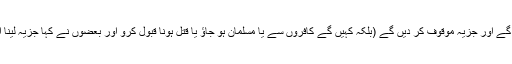
اور سور کو مار ڈالیں گے اس کا کھانا بند کرا دیں گے اور جزیہ موقوف کر دیں گے (بلکہ کہیں گے کافروں سے یا مسلمان ہو جاؤ یا قتل ہونا قبول کرو اور بعضوں نے کہا جزیہ لینا اس وجہ سے بند کر دیں گے کہ کوئی فقیر نہ ہوگا۔